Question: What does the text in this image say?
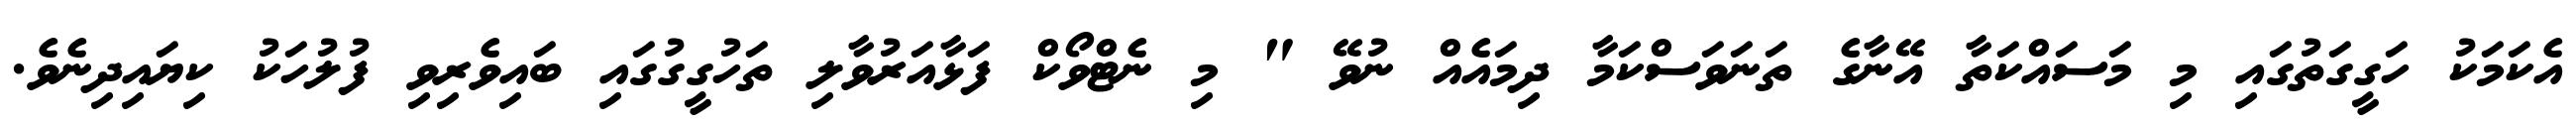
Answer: އެކަމަކު ހަގީގަތުގައި މި މަސައްކަތާ އޭނާގެ ތަނަވަސްކަމާ ދިމައެއް ނުވޭ " މި ނެޓްވޯކް ފަޅާއަރުވާލި ތަހުގީގުގައި ބައިވެރިވި ފުލުހަކު ކިޔައިދިނެވެ.